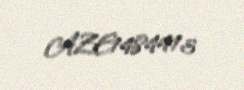
AZE1484413